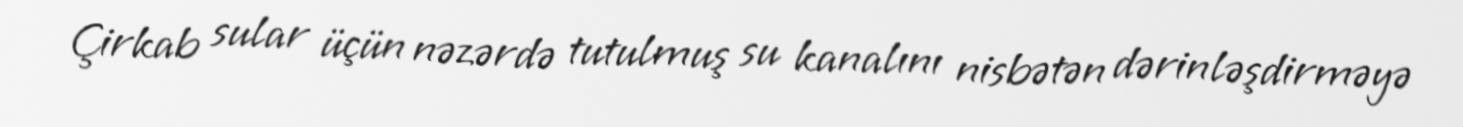
Çirkab sular üçün nəzərdə tutulmuş su kanalını nisbətən dərinləşdirməyə